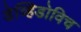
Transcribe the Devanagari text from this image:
डेव्हिडोविच